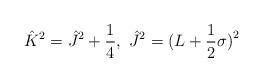
LaTeX: \begin{align*}\hat K^2=\hat J^2+\frac 14,\ \hat J^2=(L+\frac 12{\bf \sigma )}^2\end{align*}